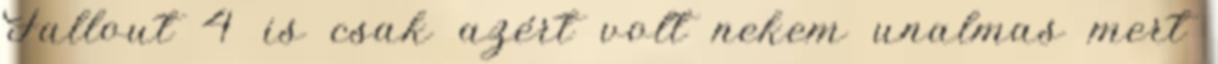
Fallout 4 is csak azért volt nekem unalmas mert